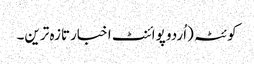
کوئٹہ (اُردو پوائنٹ اخبارتازہ ترین۔